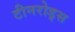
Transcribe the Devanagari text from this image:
टीनरोड्स